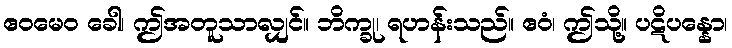
ဧဝမေဝ ခေါ၊ ဤအတူသာလျှင်။ ဘိက္ခု၊ ရဟန်းသည်။ ဧဝံ၊ ဤသို့။ ပဋိပန္နော၊